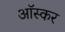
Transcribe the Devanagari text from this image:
आॅस्कर